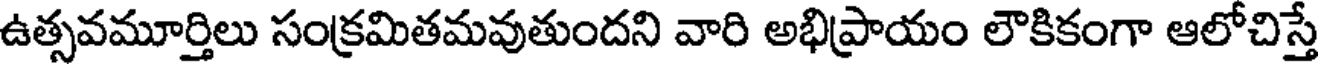
ఉత్సవమూర్తిలు సంక్రమితమవుతుందని వారి అభిప్రాయం లౌకికంగా ఆలోచిస్తే